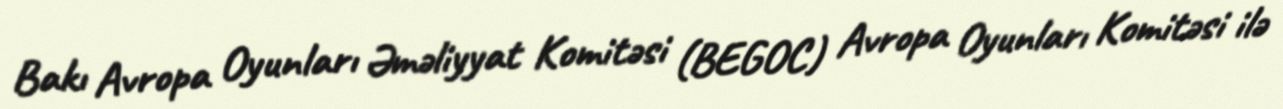
Bakı Avropa Oyunları Əməliyyat Komitəsi (BEGOC) Avropa Oyunları Komitəsi ilə